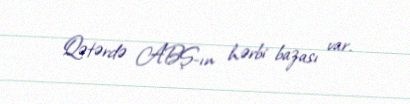
Qətərdə ABŞ-ın hərbi bazası var.